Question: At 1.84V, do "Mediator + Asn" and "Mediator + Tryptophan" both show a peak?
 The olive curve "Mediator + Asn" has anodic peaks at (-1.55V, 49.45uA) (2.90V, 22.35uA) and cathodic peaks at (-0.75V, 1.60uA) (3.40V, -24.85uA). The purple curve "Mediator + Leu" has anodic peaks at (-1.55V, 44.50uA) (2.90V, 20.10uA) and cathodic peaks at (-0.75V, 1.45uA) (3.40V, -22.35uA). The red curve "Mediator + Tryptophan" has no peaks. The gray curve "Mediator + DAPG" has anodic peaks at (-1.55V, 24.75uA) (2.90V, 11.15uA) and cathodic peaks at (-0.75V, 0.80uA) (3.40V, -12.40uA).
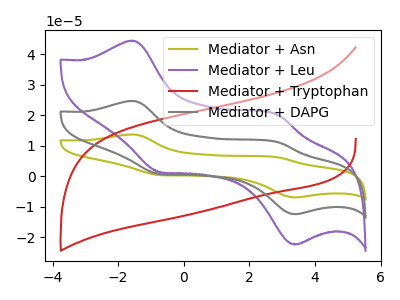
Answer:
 <answer>No, "Mediator + Asn" and "Mediator + Tryptophan" dont share a peak at 1.84V.</answer>
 <eval>mismatch</eval>